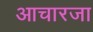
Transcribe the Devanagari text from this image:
आचारजा